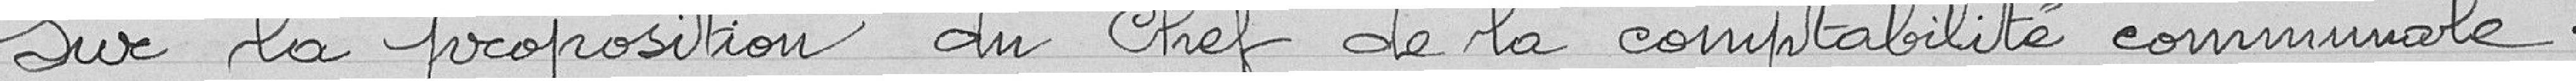
Sur la proposition du chef de la comptabilité communale